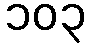
၁၀၃